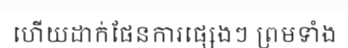
ហើយដាក់ផែនការផ្សេងៗ ព្រមទាំង